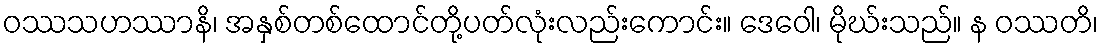
ဝဿသဟဿာနိ၊ အနှစ်တစ်ထောင်တို့ပတ်လုံးလည်းကောင်း။ ဒေဝေါ၊ မိုဃ်းသည်။ န ဝဿတိ၊